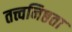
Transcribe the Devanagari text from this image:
तत्त्वनिष्ठता